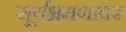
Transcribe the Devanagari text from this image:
सूर्यभ्रमणावर